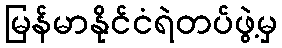
မြန်မာနိုင်ငံရဲတပ်ဖွဲ့မှ